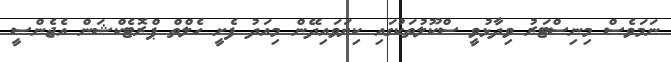
ނަމަވެސް މިނިސްޓަރު ވިދާޅުވީ ސްކޫލުތަކުގައި ކިޔަވައިދޭން މިއަދު ފެށީ ހެލްތް ޕްރޮޓެކްޝަން އެޖެންސީ